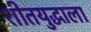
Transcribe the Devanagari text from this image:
शीतयुद्धाला